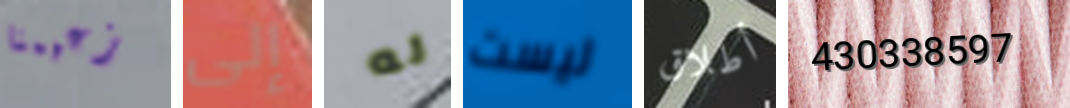
زعيمنا إلى له ليست أطلاق 430338597